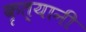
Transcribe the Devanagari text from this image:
कृत्यानी